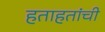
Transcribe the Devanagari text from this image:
हताहतांची